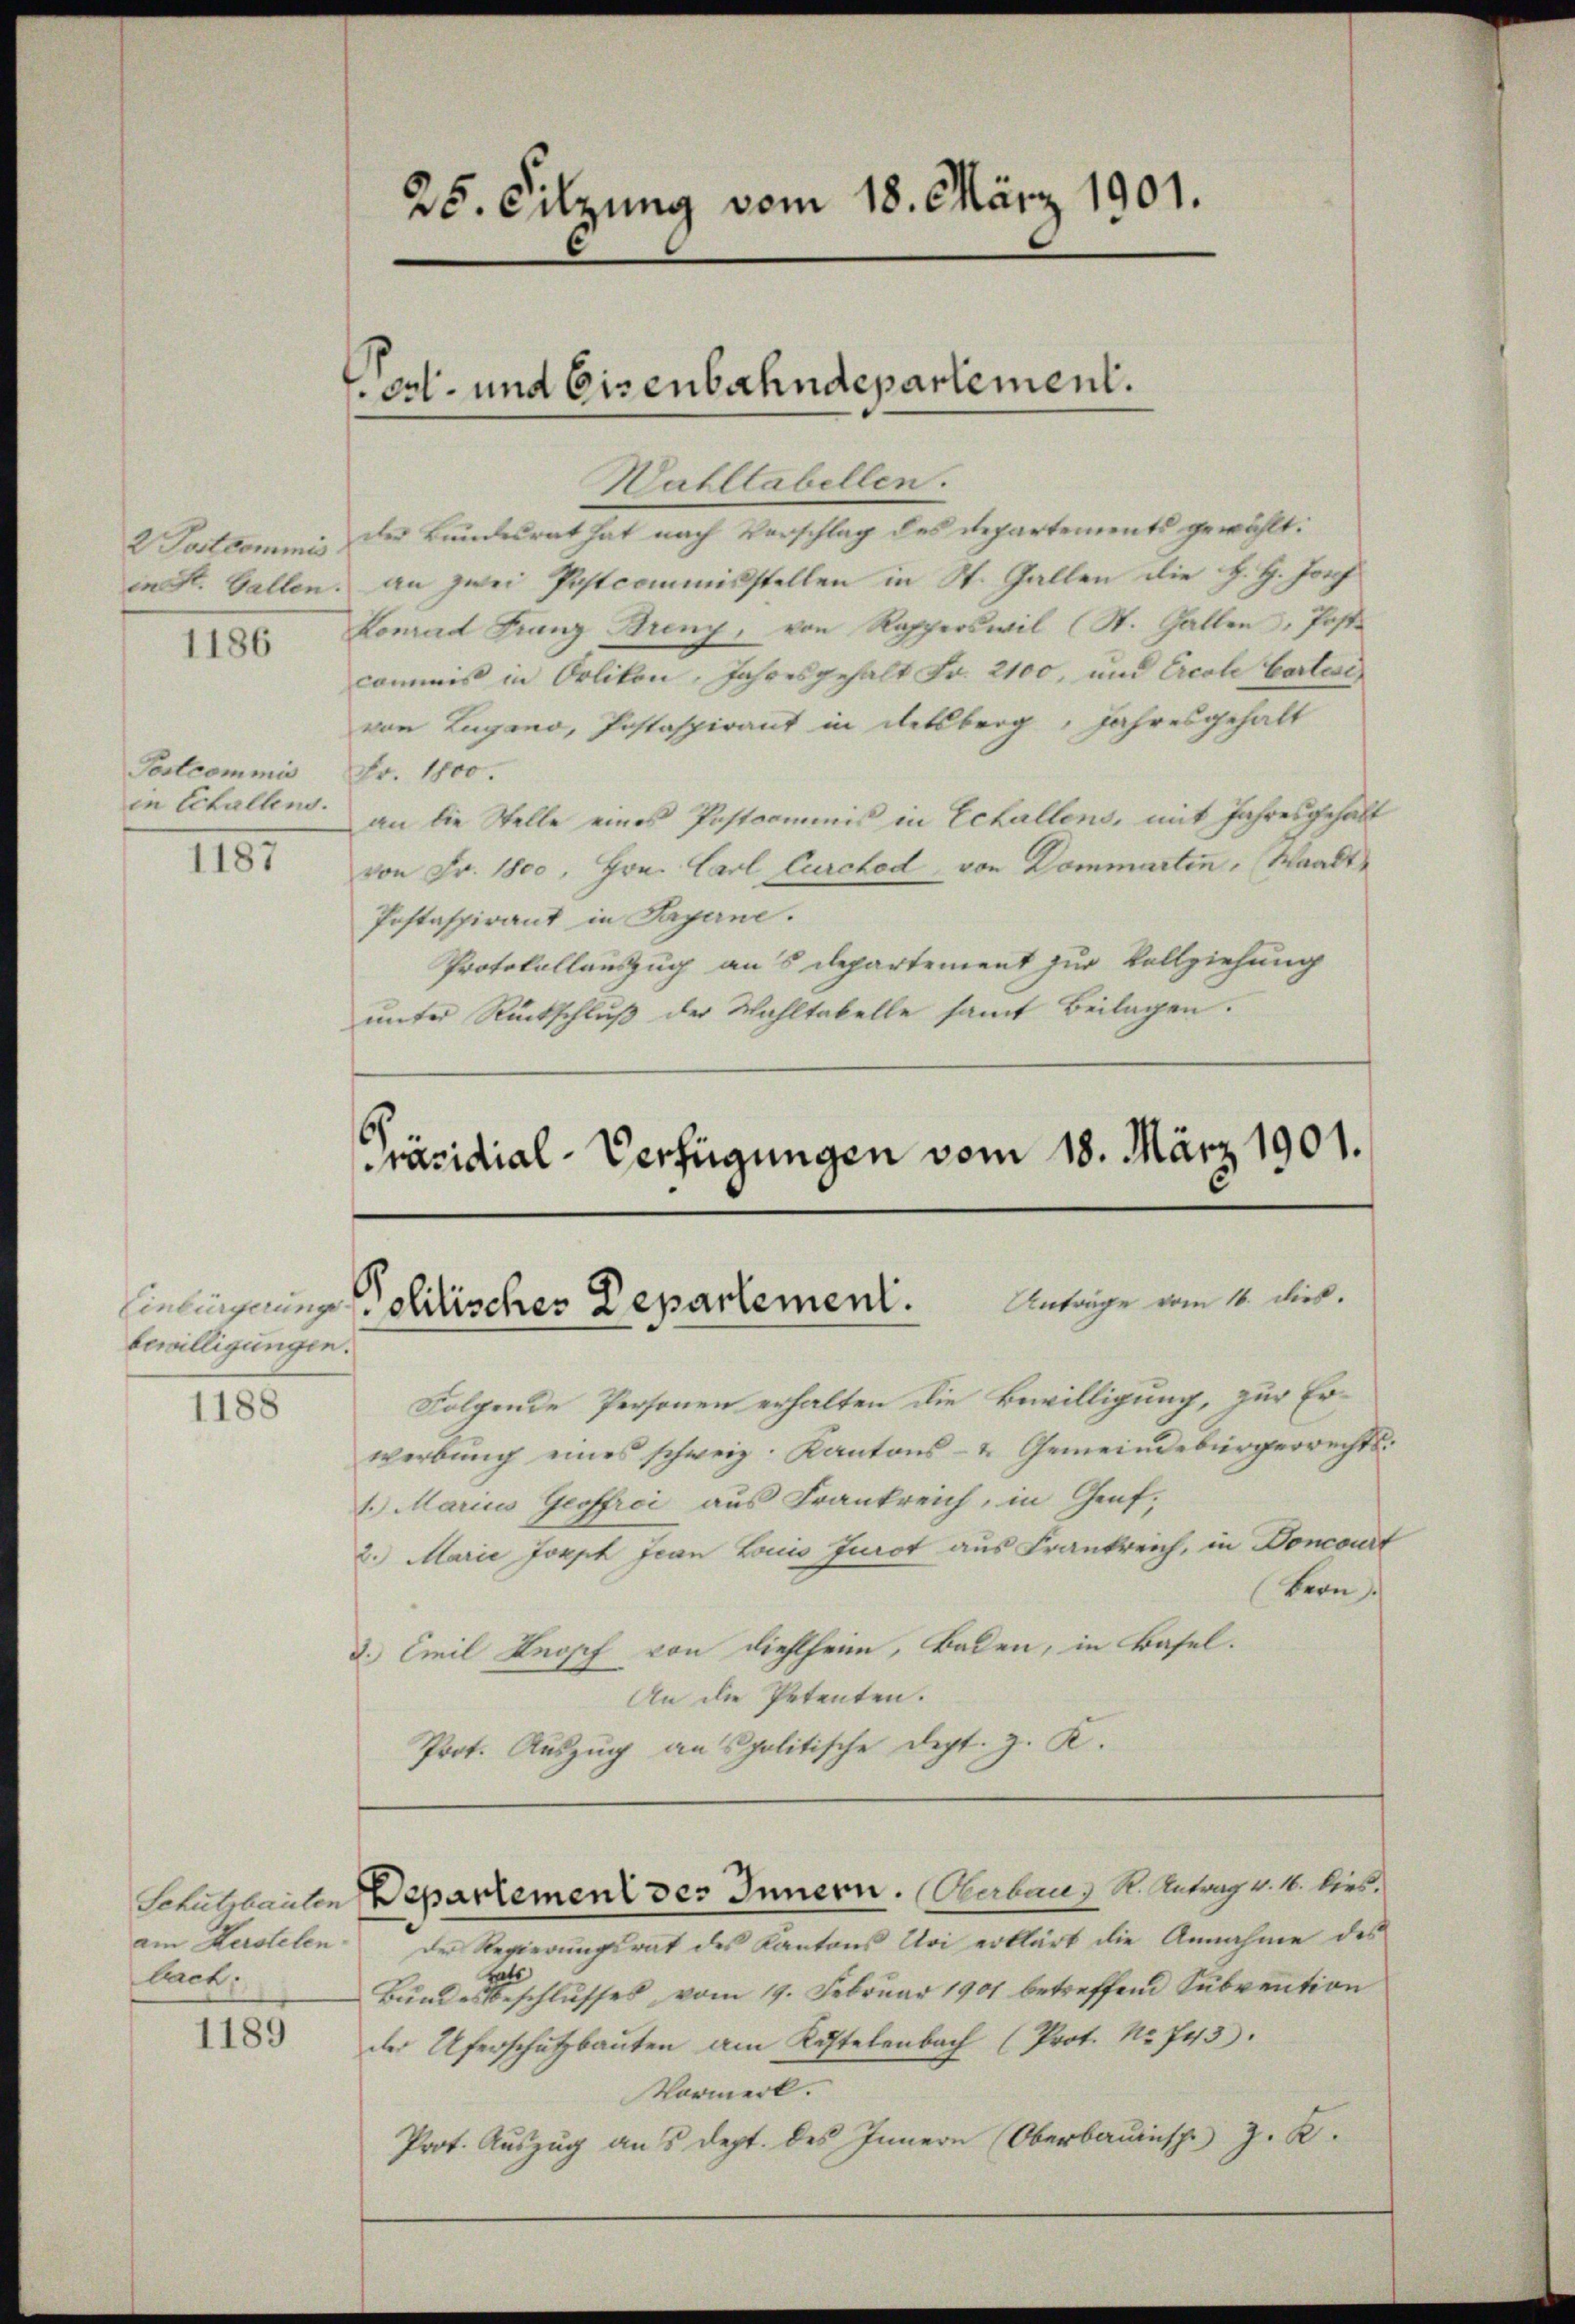
2 Postkommnis

1186

Postcommis
in Schallens.

115.

bewilligungen.
1188

am Herstelen.
bach,

1189

Hahllabellen.
der Bundesrat hat nach Verschlag des Departements gewählt:
in St. Gallen, an zwei Postcommisstellen in St. Gallen die H. H. Josef
Konrad Franz Brenz, von Rapperswil (St. Gallen, Poste
commis in Orlikon, Jahresgehalt Fr. 2100, und Ercole Cartest
von Lugano, Postaspirant in Retsberg, Jahresgehalt
Fr. 1800.
an die Stelle eines Postcommis in Echallens, mit Jahresgehalt
von Fr. 1800, Hrn. Carl Curchod, von Dommartin, Waadt
Postaspirant in Payerne.
Protokollauszug aus Departement zur Vollziehung
unter Rückschluß der Wahltabelle samt Beilagen.

25. Sitzung vom 18. März 1901.

oat- und Eisenbahndepartement.

Folgende Personen erhalten die Bewilligung, zur Erwerbŭng eines schweiz. Kantons- & Gemeindebürgerrechts-
1. Marius Geoffrei aus Frankreich, in Genf,
2.) Marie Joseph Jean Louis Jurot aus Frankreich, in Doncourt
Vern
d. Emil Knopf von dieslheim, Baden, in Basel.
An die Petenten.
Prot. Auszug anspolitische Dept. J. K.

Präsidial-Verfügungen vom 18. März 1901.
Anträge vom 16. dies.
Eintragung politisches Departement.

Schutzbauten Departement des Innern. Herbaus K. Antrag v. M. hies.

Der Regierŭngsrat des Kantons Uri erklärt die Annahme des
hats
Bundesbeschlusses vom 19. Februar 1901 betreffend Subvention
der Uferschutzbauten am Kostelenbach (Prot. Nr. 743.
Vormerk.
Prot. Auszug aus dept. des Innern (Oberbauinsp J. K.